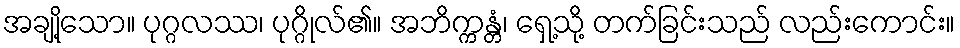
အချို့သော။ ပုဂ္ဂလဿ၊ ပုဂ္ဂိုလ်၏။ အဘိက္ကန္တံ၊ ရှေ့သို့ တက်ခြင်းသည် လည်းကောင်း။